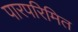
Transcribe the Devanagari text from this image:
पारपरिमित